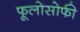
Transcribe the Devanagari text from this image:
फूलोसोफी